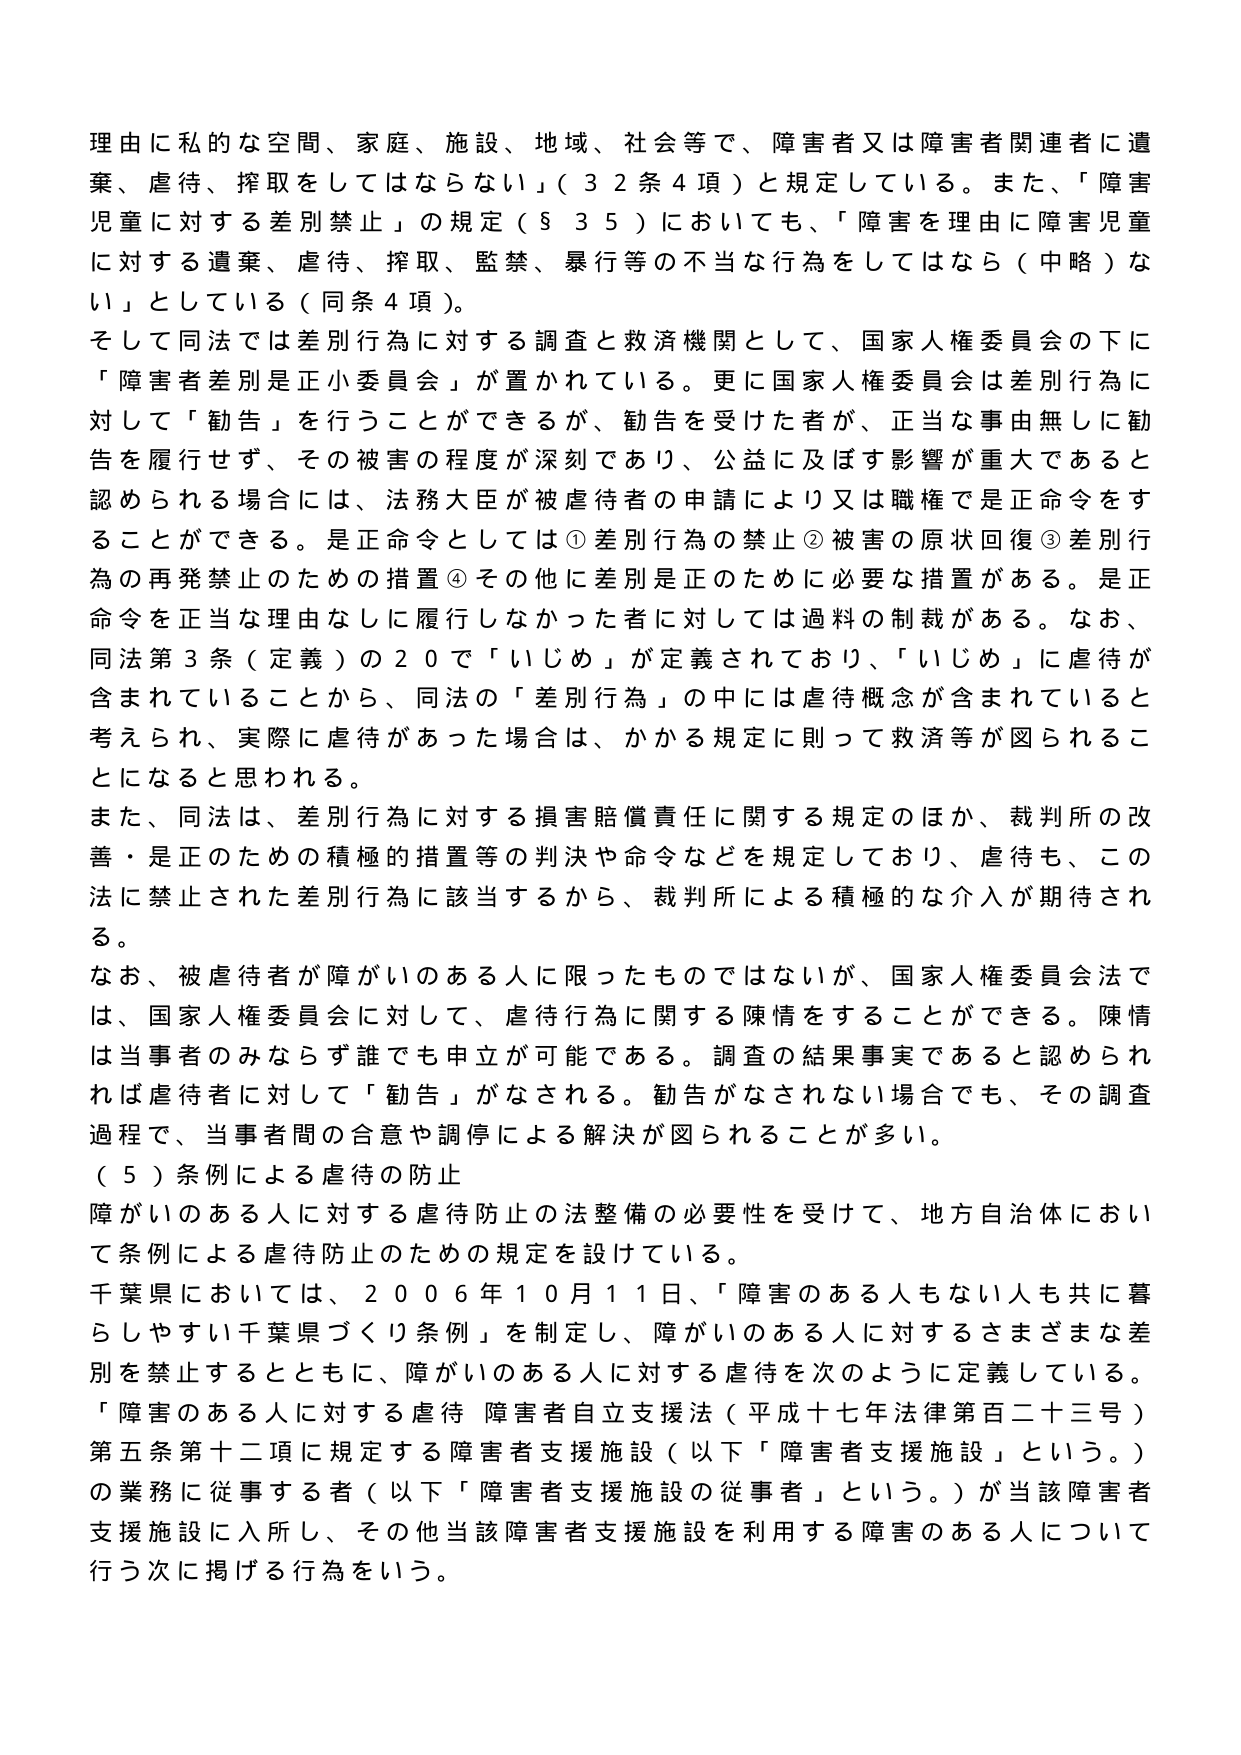
理由に私的な空間、家庭、施設、地域、社会等で、障害者又は障害者関連者に遺棄、虐待、搾取をしてはならない」（32条4項）と規定している。また、「障害児童に対する差別禁止」の規定（§35）においても、「障害を理由に障害児童に対する遺棄、虐待、搾取、監禁、暴行等の不当な行為をしてはなら（中略）ない」としている（同条4項）。

そして同法では差別行為に対する調査と救済機関として、国家人権委員会の下に「障害者差別是正小委員会」が置かれている。更に国家人権委員会は差別行為に対して「勧告」を行うことができるが、勧告を受けた者が、正当な事由無しに勧告を履行せず、その被害の程度が深刻であり、公益に及ぼす影響が重大であると認められる場合には、法務大臣が被虐待者の申請により又は職権では正命令をすることができる。是正命令としては①差別行為の禁止②被害の原状回復③差別行為の再発禁止のための措置④その他に差別是正のために必要な措置がある。是正命令を正当な理由なしに履行しなかった者に対しては過料の制裁がある。なお、同法第3条（定義）の20で「いじめ」が定義されており、「いじめ」に虐待が含まれていることから、同法の「差別行為」の中には虐待概念が含まれていると考えられ、実際に虐待があった場合は、かかる規定に則って救済等が図られることになると思われる。

また、同法は、差別行為に対する損害賠償責任に関する規定のほか、裁判所の改善・是正のための積極的措置等の判決や命令などを規定しており、虐待も、この法に禁止された差別行為に該当するから、裁判所による積極的な介入が期待される。

なお、被虐待者が障がいのある人に限ったものではないが、国家人権委員会法では、国家人権委員会に対して、虐待行為に関する陳情をすることができる。陳情は当事者のみならず誰でも申立が可能である。調査の結果事実であると認められれば虐待者に対して「勧告」がなされる。勧告がなされない場合でも、その調査過程で、当事者間の合意や調停による解決が図られることが多い。

（5）条例による虐待の防止

障がいのある人に対する虐待防止の法整備の必要性を受けて、地方自治体において条例による虐待防止のための規定を設けている。

千葉県においては、2006年10月11日、「障害のある人もない人も共に暮らしがやすい千葉県づくり条例」を制定し、障がいのある人に対するさまざまな差別を禁止するとともに、障がいのある人に対する虐待を次のように定義している。

「障害のある人に対する虐待 障害者自立支援法（平成十七年法律第百二十三号）第五条第十二項に規定する障害者支援施設（以下「障害者支援施設」という。）の業務に従事する者（以下「障害者支援施設の従事者」という。）が当該障害者支援施設に入所し、その他当該障害者支援施設を利用する障害のある人について行う次に掲げる行為をいう。